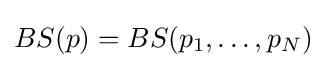
BS(p)=BS(p_{1},\ldots ,p_{N})